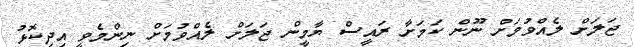
ޖަލަށް ލެއްވުމަށް ނޫން ކަމަށާ ރައީސް ޔާމީން ޖަލަށް ލެއްވުމަށް ނިންމެވީ އިދިކޮޅު